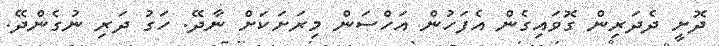
ދޮށީ ދެދަރިން ގޮވައިގެން އެފަހުން އަހްސަން މިރަށަކަށް ނާދޭ. ހަގު ދަރި ނުގެންދޭ.